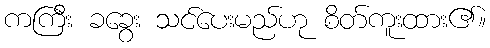
ကကြီး ခခွေး သင်ပေးမည်ဟု စိတ်ကူးထား၏။